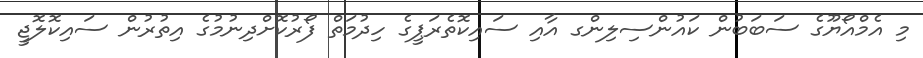
މި އެމްއޯޔޫގެ ސަބަބުން ކައުންސިލިންގ އާއި ސައިކޮތެރަޕީގެ ހިދުމަތް ފޯރުކޮށްދިނުމުގެ އިތުރުން ސައިކޮލޮޖީ